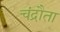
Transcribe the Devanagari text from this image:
चंद्रौता